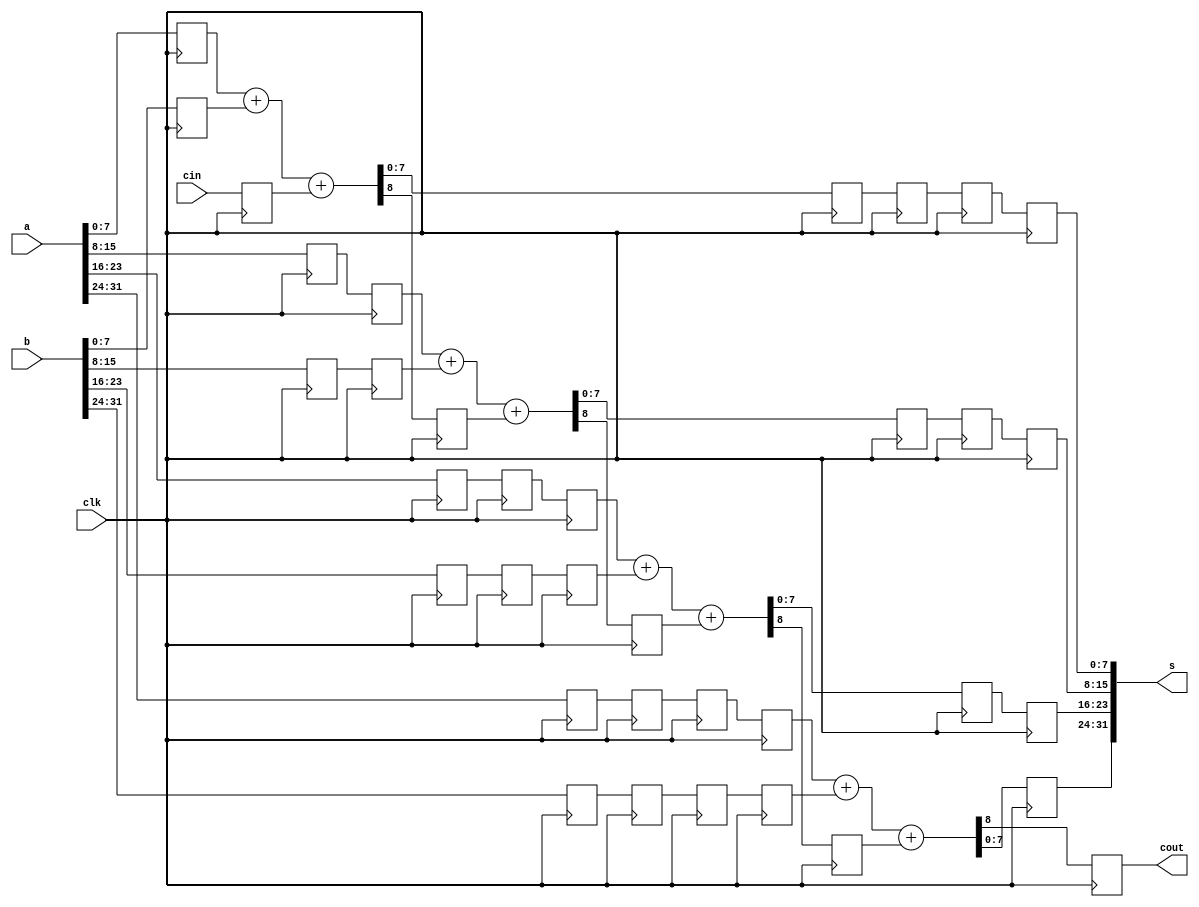
module fa32bit(s, cout, a, b, cin, clk);
		input [31:0] a,b;
		input cin, clk;
		output reg cout;
		output [31:0] s;


		reg [7:0] a1, a2, a22, a3,  a33, a44, a333, a444, a4444, a4;
		reg [7:0] b1, b2, b3, b4, b22, b33, b333, b44, b444, b4444;
		reg [7:0] s1, s11, s111, s1111, s2, s22, s222, s3, s33, s4;
		reg ci, c1, c2, c3, c4;



		always @ (posedge clk)
		        begin
		                a1<={a[7:0]};
		                a2<={a[15:8]};
		                a3<={a[23:16]};
		                a4<={a[31:24]};


		                b1<={b[7:0]};
		                b2<={b[15:8]};
		                b3<={b[23:16]};
		                b4<={b[31:24]};
		                ci<=cin;
		        end
		        
		        
		always @ (posedge clk)
		        begin
		          {c1,s1}<=a1+b1+ci;
		          a22<=a2;
			  b22<=b2;

		          a33<=a3;
		          a44<=a4;
		          b33<=b3;
		          b44<=b4;
		        end
		        
		        
		always @ (posedge clk)
		        begin
		          s11<=s1;
		          {c2,s2}<=a22+b22+c1;
		          a333<=a33;
		          a444<=a44;
		          b333<=b33;
		          b444<=b44;
		        end


		always @ (posedge clk)
		        begin
		          s111<=s11;
		          s22<=s2;
			 {c3,s3}<=a333+b333+c2;
		          a4444<=a444;
		          b4444<=b444;
		        end
		        
		always @ (posedge clk)
		        begin
		          s1111<=s111;
		          s222<=s22;
		          s33<=s3;
		          {cout,s4}<=a4444+b4444+c3;
		        end


			assign s={{s4[7:0]},{s33[7:0]},{s222[7:0]},{s1111[7:0]}};

	endmodule